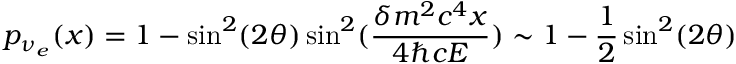
p _ { \nu _ { e } } ( x ) = 1 - \sin ^ { 2 } ( 2 \theta ) \sin ^ { 2 } ( { \frac { \delta m ^ { 2 } c ^ { 4 } x } { 4 \hbar c E } } ) \sim 1 - { \frac { 1 } { 2 } } \sin ^ { 2 } ( 2 \theta )